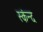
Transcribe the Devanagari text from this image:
स्कंन्द